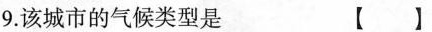
9.该城市的气候类型是 【】